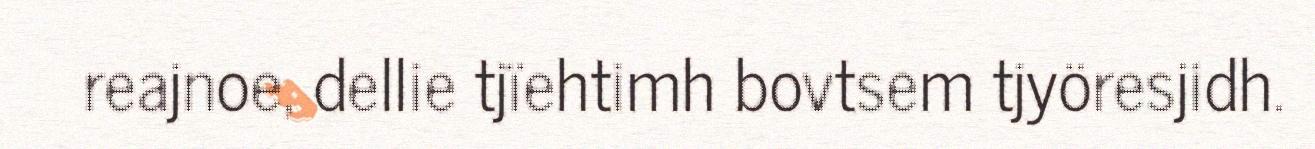
reajnoe, dellie tjïehtimh bovtsem tjyöresjidh.